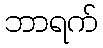
ဘာရက်